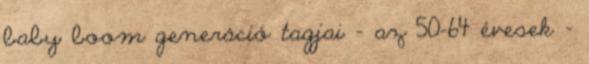
baby boom generáció tagjai - az 50-64 évesek -